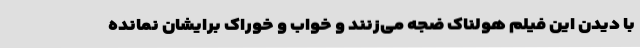
با دیدن این فیلم هولناک ضجه می‌زنند و خواب و خوراک برایشان نمانده